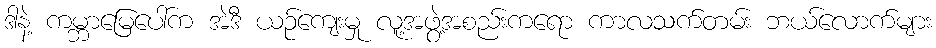
ဒါနဲ့ ကမ္ဘာမြေပေါ်က အဲဒီ ယဉ်ကျေးမှု လူ့အဖွဲ့အစည်းကရော ကာလသက်တမ်း ဘယ်လောက်များ